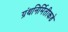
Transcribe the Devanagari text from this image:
ग्रंथनिर्मितीकडे